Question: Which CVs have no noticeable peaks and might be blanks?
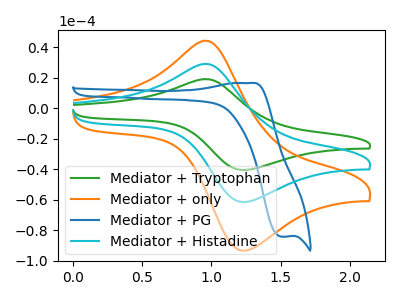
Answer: <think>The green curve "Mediator + Tryptophan" has an anodic peak at (0.95V, 58.45uA) and a cathodic peak at (1.20V, -122.60uA). The orange curve "Mediator + only" has an anodic peak at (0.95V, 44.40uA) and a cathodic peak at (1.20V, -93.15uA). The blue curve "Mediator + PG" has an anodic peak at (1.30V, 16.65uA) and a cathodic peak at (1.50V, -84.10uA). The cyan curve "Mediator + Histadine" has an anodic peak at (0.95V, 29.20uA) and a cathodic peak at (1.20V, -61.30uA).</think>
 <answer>There are not any CV's on this graph that are likely to be blanks.</answer>
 <eval>none</eval>